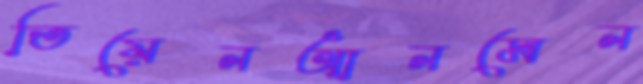
তিয়েনআনমেন